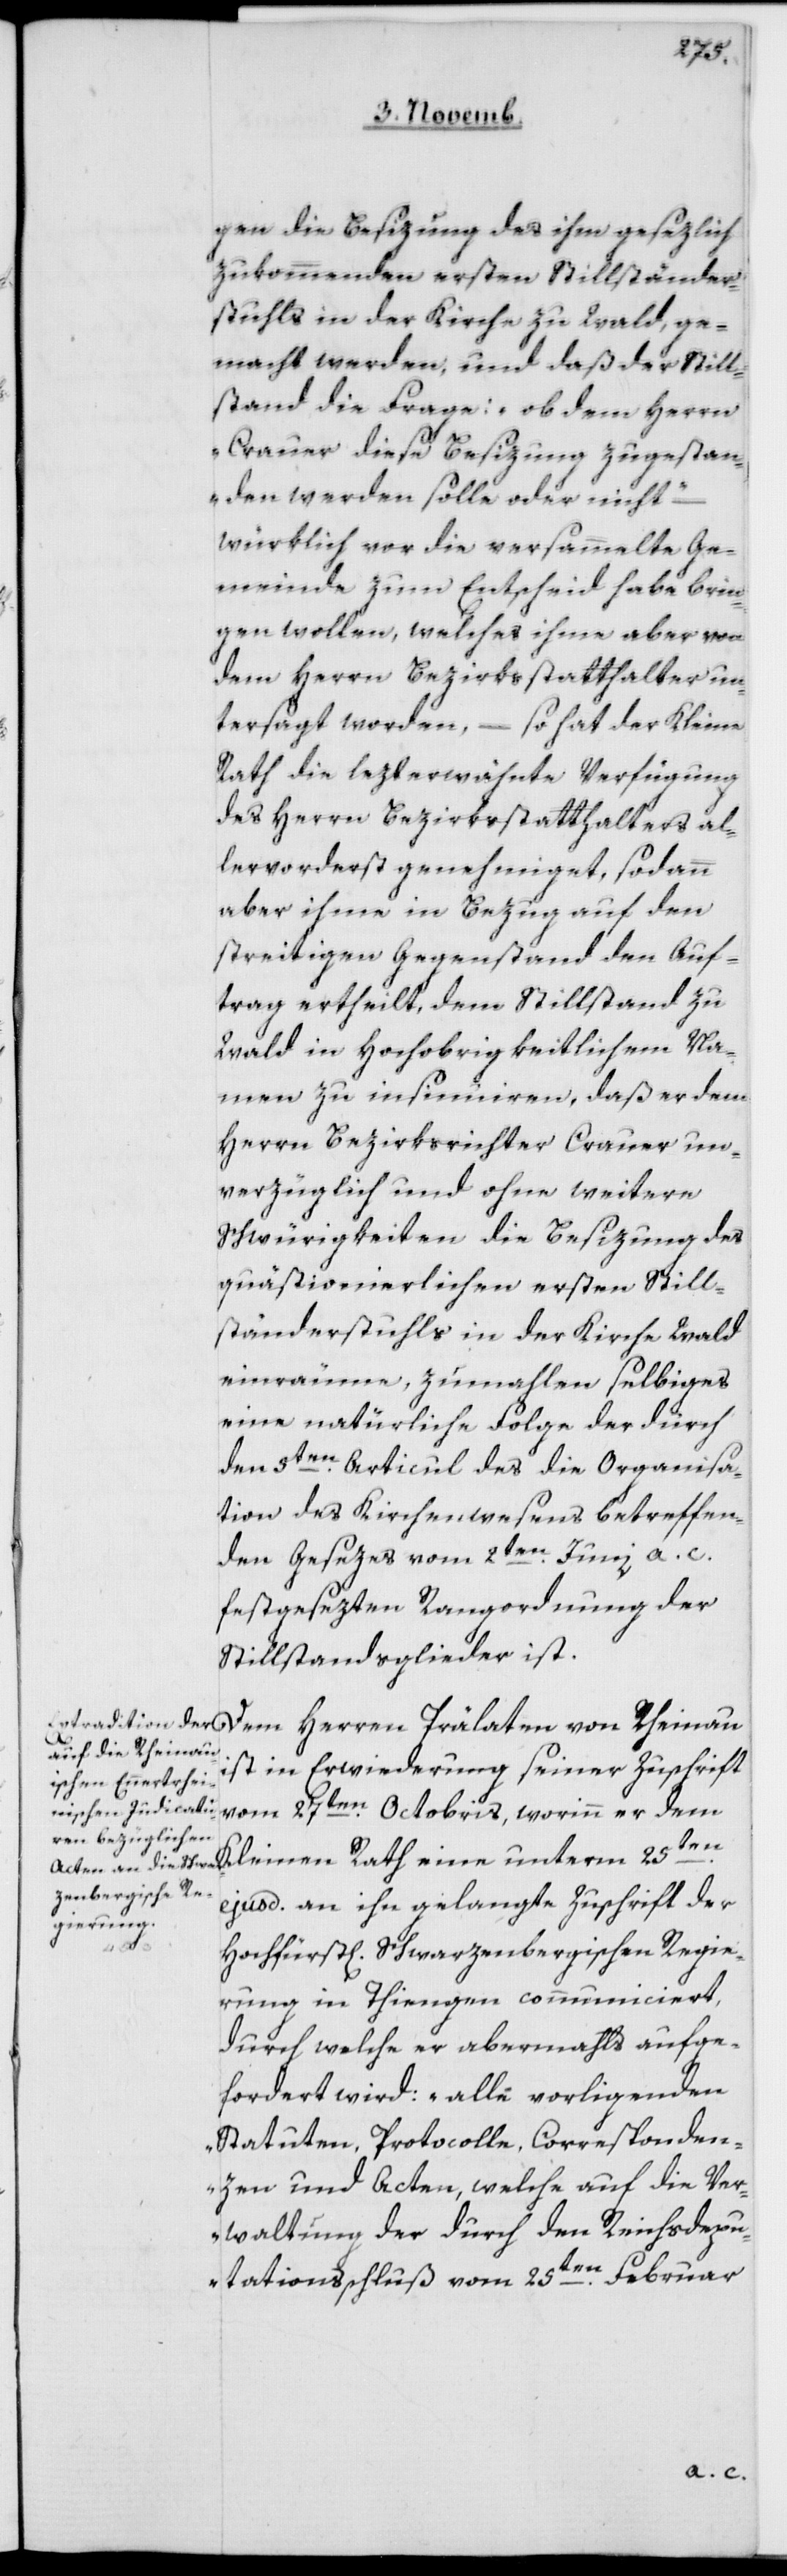
ge¬
gen die Besizung des ihm gesezlich
zukommenden ersten Stillständer¬
stuhls in der Kirche zu Wald ge¬
macht werden, und daß der Still¬
stand die Frage, „ob dem Herrn
Crauer diese Besizung zugestan¬
den werden solle oder nicht“
würklich vor die versammelte Ge¬
meinde zum Entscheid habe brin¬
gen wollen, welches ihm aber von
dem Herrn Bezirksstatthalter un¬
tersagt worden, – so hat der Kleine
Rath die lezterwähnte Verfügung
des Herrn Bezirksstatthalters al¬
lervorderst genehmiget, sodann
aber ihme in Bezug auf den
streitigen Gegenstand den Auf¬
trag ertheilt, dem Stillstand zu
Wald in hochobrigkeitlichem Na¬
men zu insinniren, daß er dem
Herrn Bezirksrichter Crauer un¬
verzüglich und ohne weitere
Schwierigkeiten die Besizung des
quästionierlichen ersten Still¬
ständerstuhls in der Kirche Wald
einräume, zumahlen selbiges
eine natürliche Folge der durch
den 5ten Articul des die Organisa¬
tion des Kirchenwesens betreffen¬
den Gesezes vom 2ten Juni a. c.
festgesezten Rangordnung der
Stillstandsglieder ist.
Dem Herren Prälaten von Rheinau
ist in Erwiderung seiner Zuschrift
vom 27ten Octobris, worinn er dem
ejusd. an ihn gelangte Zuschrift der
Hochfürstl. Schwarzenbergischen Regie¬
rung in Thiengen communiciert,
durch welche er abermahls aufge¬
fordert wird, „alle vorliegenden
Statuten, Protocolle, Corresponden¬
zen und Acten, welche auf die Ver¬
waltung der durch den Reichsdepu¬
tationsschluß vom 25ten Februar